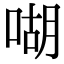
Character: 㗅